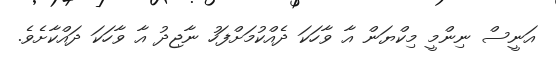
އަނީސް ނިންމީ މިކްޔަން އާ ވާހަކަ ދެއްކުމަށްފަހު ނާޖިދު އާ ވާހަކަ ދައްކާށެވެ.